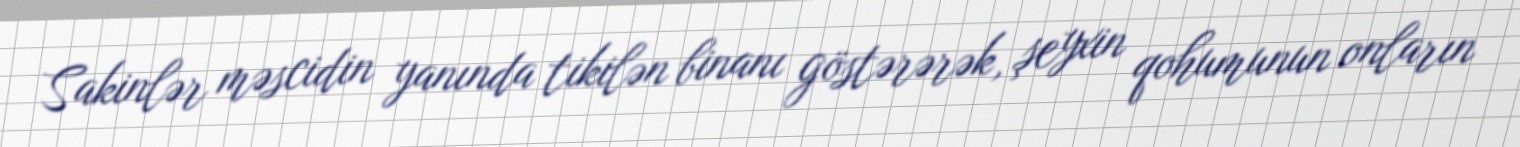
Sakinlər məscidin yanında tikilən binanı göstərərək, şeyxin qohumunun onların